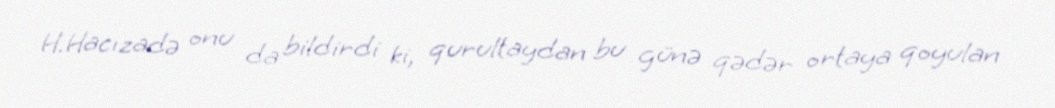
H.Hacızadə onu da bildirdi ki, qurultaydan bu günə qədər ortaya qoyulan